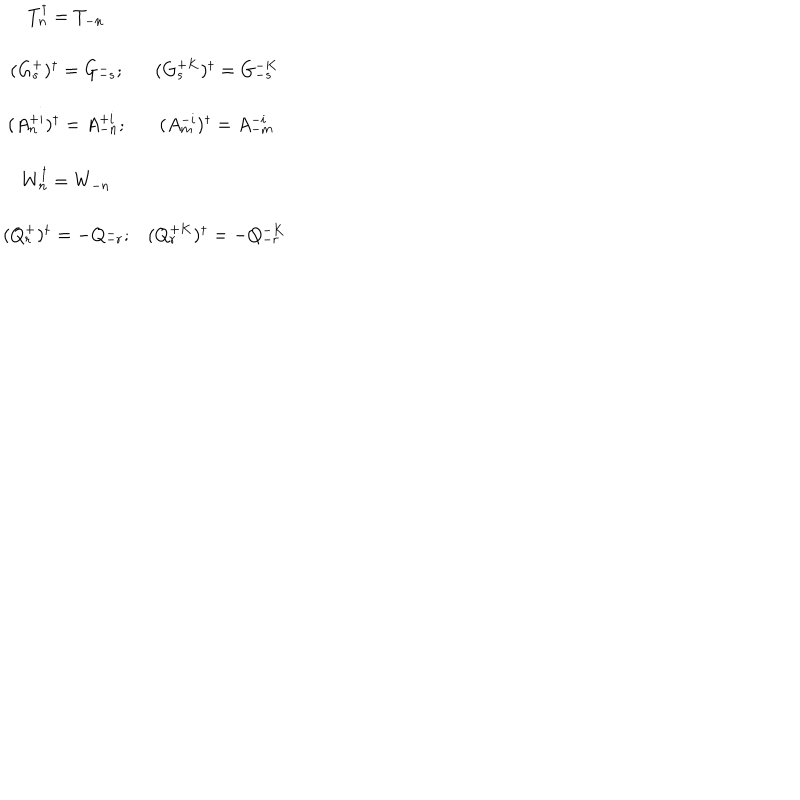
\begin{array} { c c } { { T _ { n } ^ { \dagger } = T _ { - n } } } & { { } } \\ { { \ } } & { { \ } } \\ { { ( G _ { s } ^ { + } ) ^ { \dagger } = G _ { - s } ^ { - } ; } } & { { ( G _ { s } ^ { + K } ) ^ { \dagger } = G _ { - s } ^ { - K } } } \\ { { \ } } & { { \ } } \\ { { ( A _ { n } ^ { + i } ) ^ { \dagger } = A _ { - n } ^ { + i } ; } } & { { ( A _ { m } ^ { - i } ) ^ { \dagger } = A _ { - m } ^ { - i } } } \\ { { \ } } & { { \ } } \\ { { W _ { n } ^ { \dagger } = W _ { - n } } } & { { } } \\ { { \ } } & { { \ } } \\ { { ( Q _ { r } ^ { + } ) ^ { \dagger } = - Q _ { - r } ^ { - } ; } } & { { ( Q _ { r } ^ { + K } ) ^ { \dagger } = - Q _ { - r } ^ { - K } } } \\ \end{array}